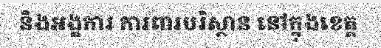
និងអង្គការ ការពារបរិស្ថាន នៅក្នុងខេត្ត